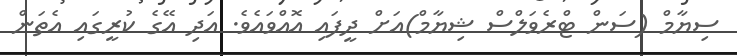
ސިޔާމް (ސަން ޓްރެވަލްސް ޝިޔާމް)އަށް ދީފައި އޮއްވައެވެ. އަދި އޭގެ ކުރީގައި އެތަން